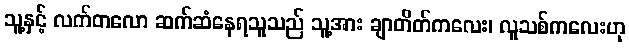
သူ့နှင့် လက်တလော ဆက်ဆံနေရသူသည် သူ့အား ချာတိတ်ကလေး၊ လူသစ်ကလေးဟု